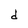
Character: d